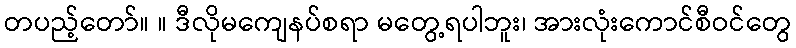
တပည့်တော်။ ။ ဒီလိုမကျေနပ်စရာ မတွေ့ရပါဘူး၊ အားလုံးကောင်စီဝင်တွေ